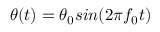
\theta ( t ) = \theta _ { 0 } s i n ( 2 \pi f _ { 0 } t )